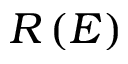
R \left( E \right)